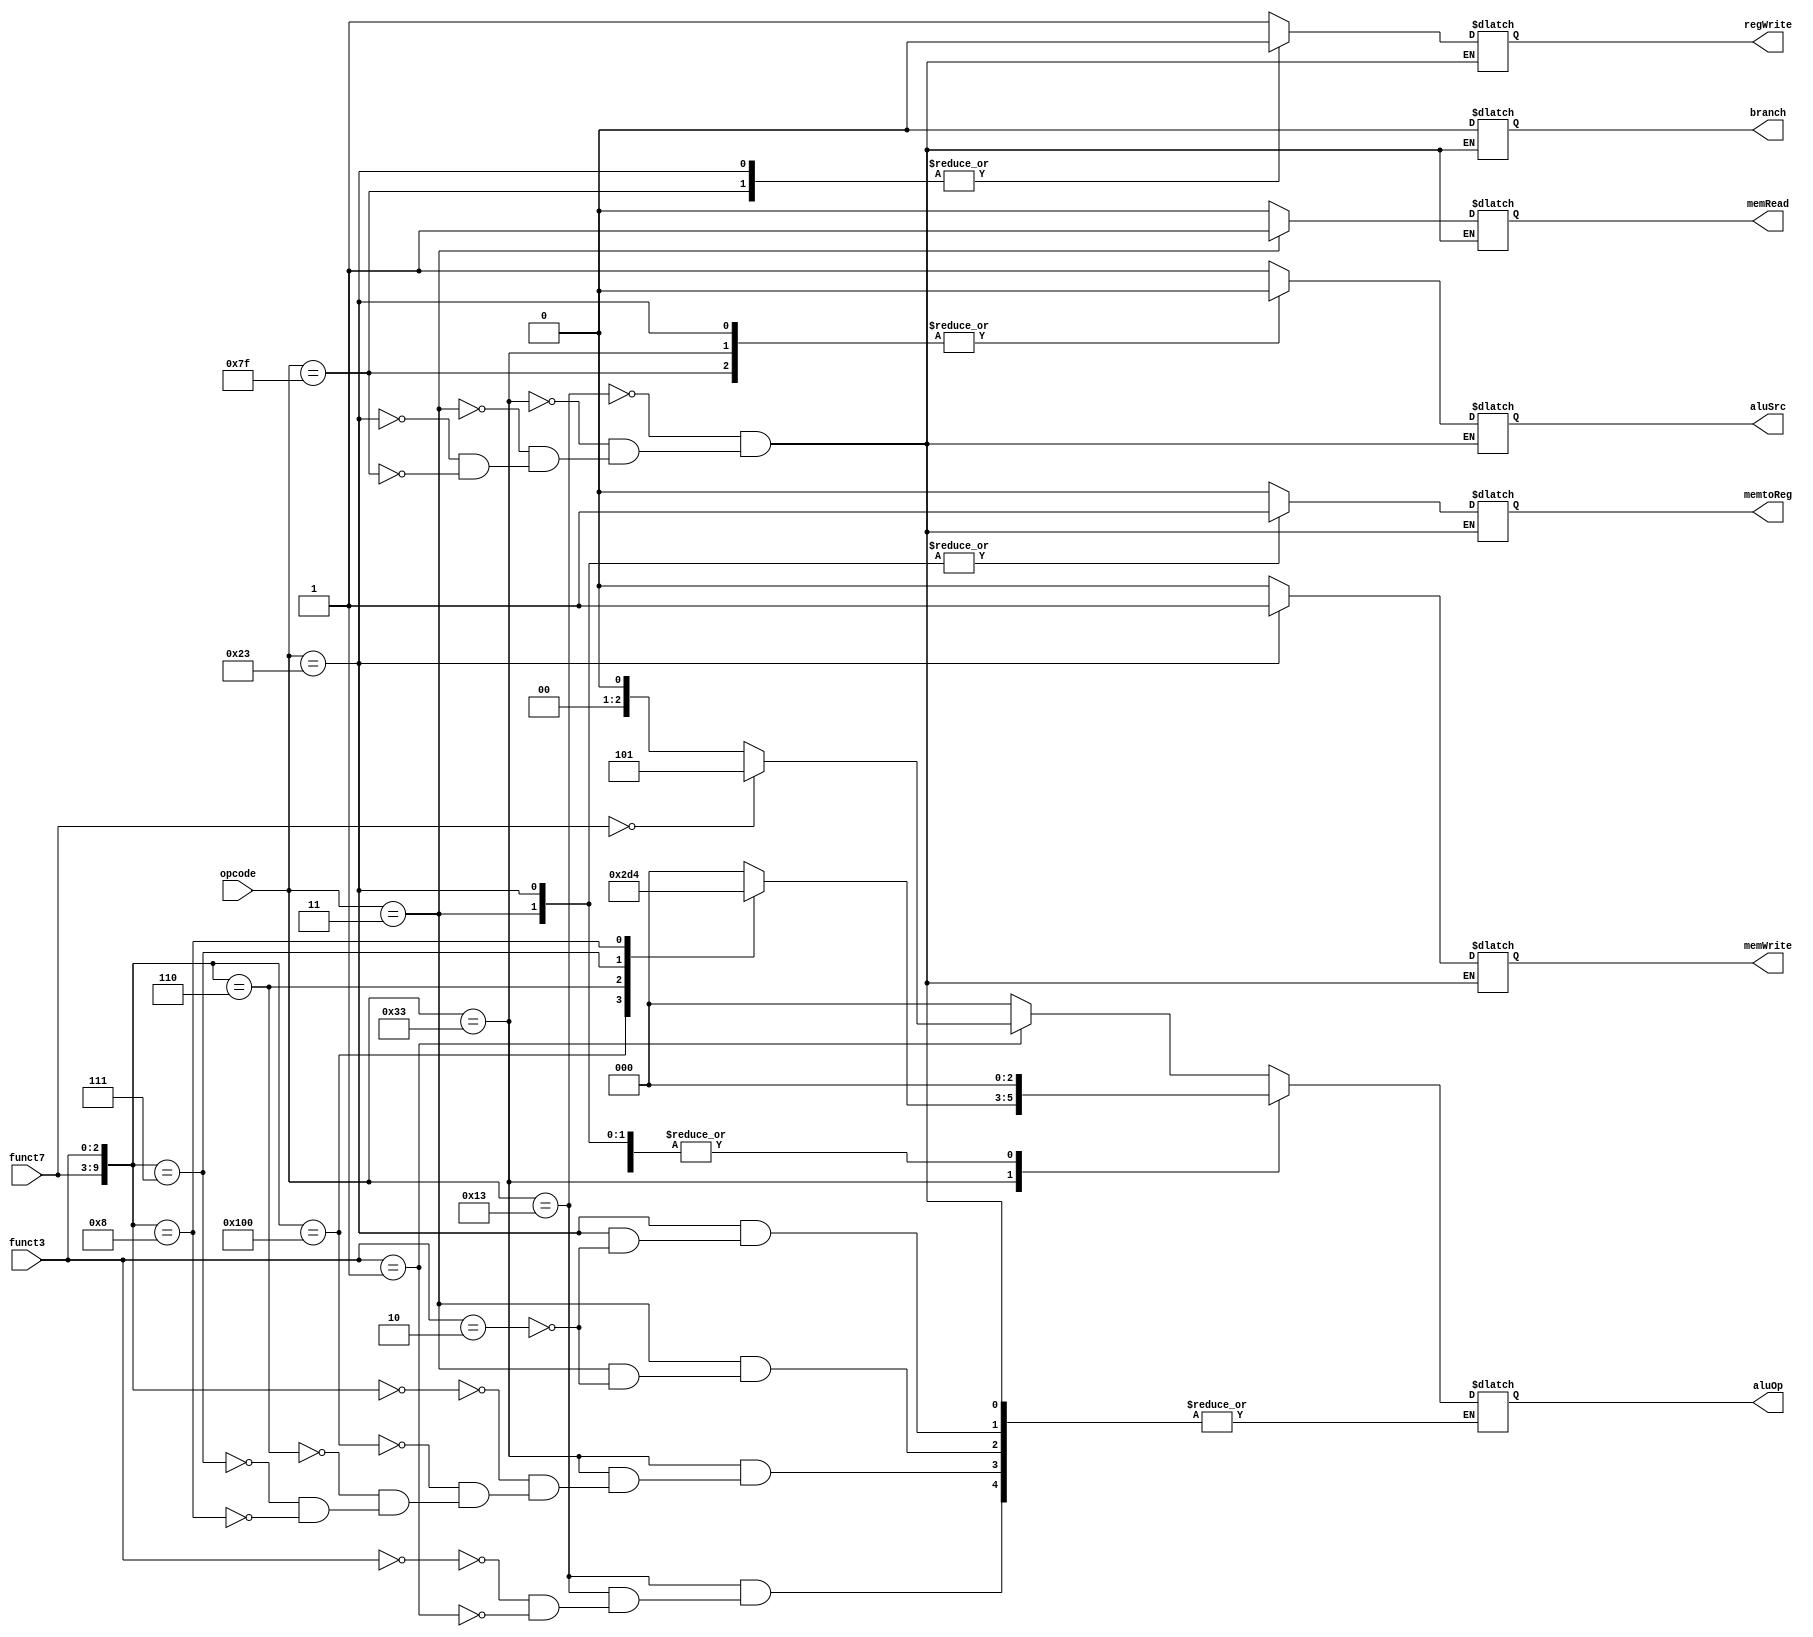
module controlLogicGenerator(
  input [6:0] opcode,
  input [2:0] funct3,
  input [6:0] funct7,
  output reg      branch,
  output reg      memRead,
  output reg		memtoReg,
  output reg [2:0] aluOp,
  output reg      memWrite,
  output reg      aluSrc,
  output reg      regWrite
);
	
  //Must be in sync with alu opcode parameters
  parameter ADD = 3'b000;
  parameter SUB = 3'b001;
  parameter AND = 3'b010;
  parameter OR  = 3'b011;
  parameter MUL = 3'b100;
  parameter SLL = 3'b101;
  parameter BNE = 3'b100;
  parameter BEQ = 3'b101;
  
	always @(*) begin
		case (opcode)
			7'b0010011: begin //addi, slli
				branch 	= 0;
				memRead 	= 0;
				memWrite = 0;
				memtoReg = 0;
				aluSrc 	= 1'b1;
				regWrite = 1'b1;
				case (funct3)
					0: aluOp = ADD;  // addi
					3'b001: aluOp = (funct7 == 0) ? SLL : NOP; //slli
				endcase
			end
			7'b0110011: begin //sub, or, and, add, MUL
				branch 	= 0;
				memRead 	= 0;
				memWrite = 0;
				memtoReg = 0;
				aluSrc 	= 0;
				regWrite = 1'b1;
				case ({funct7,funct3})
					10'b0000000000: aluOp = ADD;	//add
					10'b0100000000: aluOp = SUB;	//sub
					10'b0000000110: aluOp = OR;	// or
					10'b0000000111: aluOp = AND;	// and
					10'b0000001000: aluOp = MUL;	// mul
				endcase
			end
			7'b0000011: begin //lw
				branch 	= 0;
				memRead 	= 1'b1;
				memWrite = 0;
				memtoReg = 1'b1;
				aluSrc 	= 1'b1;
				regWrite = 1'b1;
				case (funct3)
					3'b010: aluOp = ADD;
				endcase
			end
			7'b0100011: begin //sw
				branch 	= 0;
				memRead 	= 0;
				memWrite = 1'b1;
				memtoReg = 1'b1;
				aluSrc 	= 0;
				regWrite = 0;
				case (funct3)
					3'b010: aluOp = ADD;
				endcase
			end
			7'b1111111: begin // halt
				//Perform NOOP
				branch 	= 0;
				memRead 	= 0;
				memWrite = 0;
				memtoReg = 0;
				aluSrc 	= 0;
				regWrite = 0;
				aluOp    = 0;
			end
		endcase
	end

endmodule